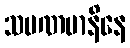
သမဏမာနိနေ